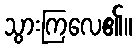
သွားကြလေ၏။